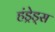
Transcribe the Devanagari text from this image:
हंड्रेड्स